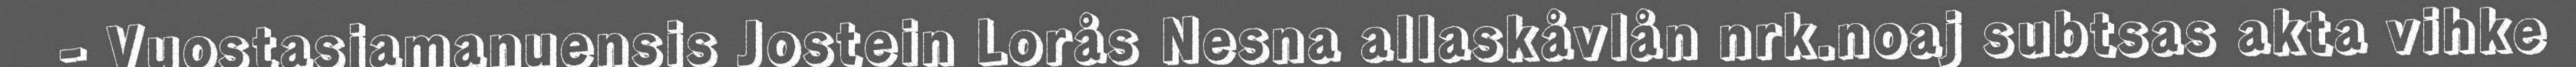
- Vuostasjamanuensis Jostein Lorås Nesna allaskåvlån nrk.noaj subtsas akta vihke